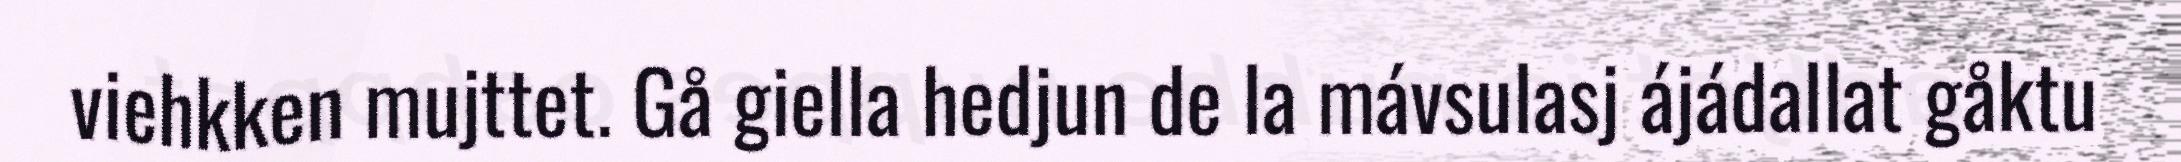
viehkken mujttet. Gå giella hedjun de la mávsulasj ájádallat gåktu